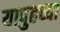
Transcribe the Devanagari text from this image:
यापुढच्या